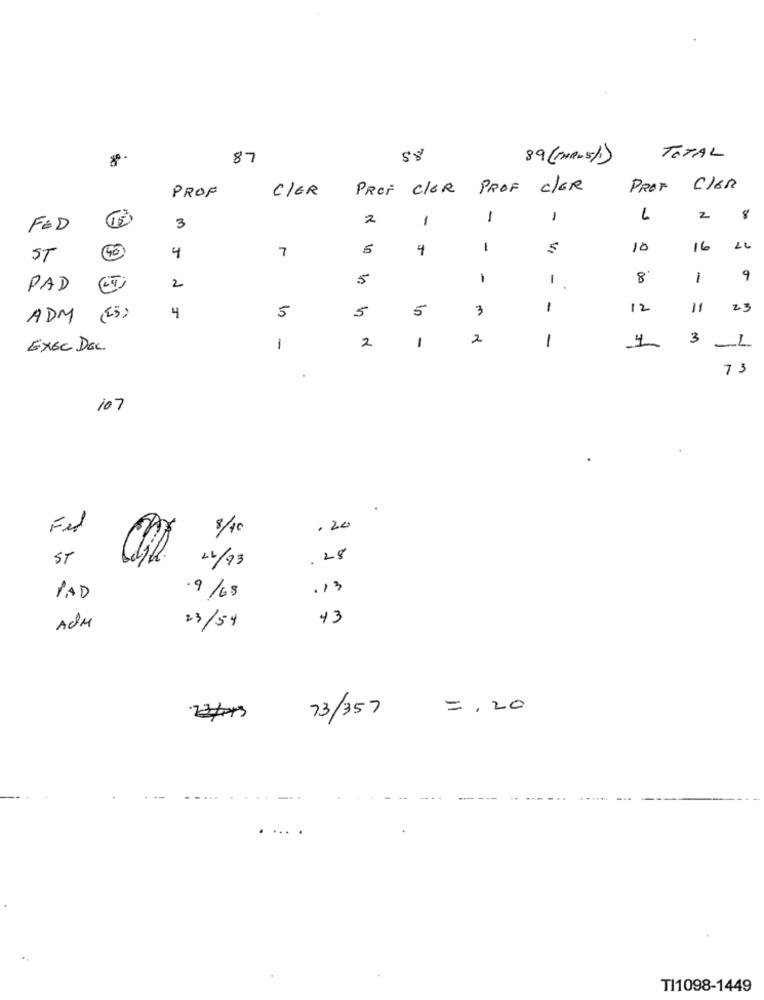
87
58
89 (THRU 5/)
TOTAL
PROF
C/ER
PROF CLER PROF c/ER
PROF CIER
2
1
1
-
2
8
FOD
3
7
5
4
-
10
16
ST
4
5
-
1
8
1
9
PAD
(ET
2
5
5
3
1
12
23
ADM (25)
4
5
2
1
2
1
3
EXEC DEC.
i
73
.
107
Fed
8/40
.20
ST
.28
2/73
.13
PAD
.9/68
13
AdM
23/54
73/357
=, 20
...
TI1098-1449